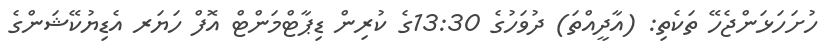
ހުށަހަޅަންޖެހޭ ތަކެތި: (އާދީއްތަ) ދުވަހުގެ 13:30ގެ ކުރިން ޑިޕާޓްމަންޓް އޮފް ހަޔަރ އެޑިޔުކޭޝަންގެ